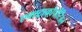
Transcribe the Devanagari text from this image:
एक्स्ट्राकौर्पोरिअल